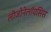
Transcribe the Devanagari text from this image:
लीजोनेलॉयसिस